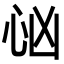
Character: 𢗮